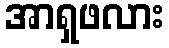
အာရှဖလား